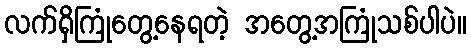
လက်ရှိကြုံတွေ့နေရတဲ့ အတွေ့အကြုံသစ်ပါပဲ။